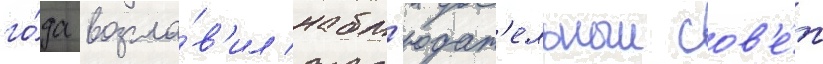
го́да возгла́в'ил набл'юдат'ельныи сов'е́т